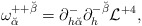
\begin{align*}\omega^{++{\breve\beta}}_{\breve\alpha} =\partial^-_{h {\breve\alpha}} \partial^{-{\breve\beta}}_h {\cal L}^{+4} ,\end{align*}